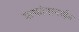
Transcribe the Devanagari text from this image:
सल्फोनामाईड